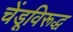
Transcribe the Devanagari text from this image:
चेंडूविरूद्ध